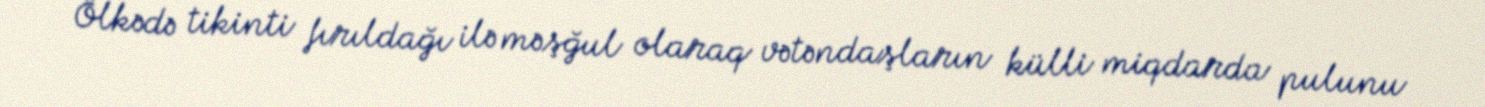
Ölkədə tikinti fırıldağı ilə məşğul olaraq vətəndaşların külli miqdarda pulunu